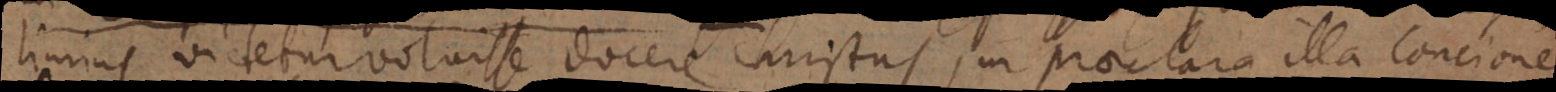
sublimius videtur voluisse docere Christus, in praeclara illa concione